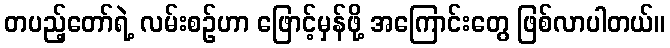
တပည့်တော်ရဲ့ လမ်းစဉ်ဟာ ဖြောင့်မှန်ဖို့ အကြောင်းတွေ ဖြစ်လာပါတယ်။